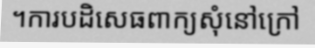
។ការបដិសេធពាក្យសុំនៅក្រៅ